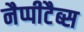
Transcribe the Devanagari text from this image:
नैप्पीटैब्स